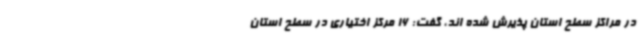
در مراکز سطح استان پذیرش شده اند، گفت: 16 مرکز اختیاری در سطح استان